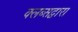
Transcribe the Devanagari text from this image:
क्लब्सद्वारा